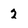
Character: 2